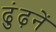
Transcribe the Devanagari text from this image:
ढुंढ़नें